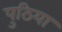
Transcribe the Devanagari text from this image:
पुठिया